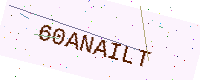
Text: 60ANAILT